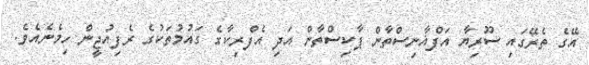
އޭގެ ތެރޭގައި ސޫރިޔާ އަފްޣާނިސްތާން ޕާކިސްތާން އަދި އެފްރިކާގެ ގައުމުތަކުގެ ރެފިއުޖީން ހިމެނެއެވެ.